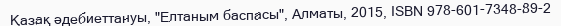
Қазақ әдебиеттануы, "Елтаным баспасы", Алматы, 2015, ISBN 978-601-7348-89-2